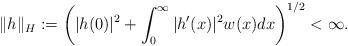
LaTeX: \begin{align*}\| h \|_H := \bigg( |h(0)|^2 + \int_0^{\infty} |h'(x)|^2w(x) dx \bigg)^{1/2} < \infty.\end{align*}